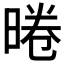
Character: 𭦣